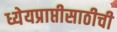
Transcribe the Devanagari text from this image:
ध्येयप्राप्तीसाठीची